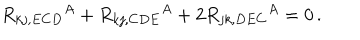
R _ { k j , E C D } { } ^ { A } + R _ { k j , C D E } { } ^ { A } + 2 R _ { j k , D E C } { } ^ { A } = 0 \, .